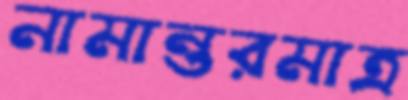
নামান্তরমাত্র